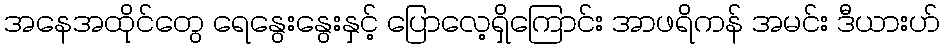
အနေအထိုင်တွေ ရေနွေးနွေးနှင့် ပြောလေ့ရှိကြောင်း အာဖရိကန် အမင်း ဒီယားဟ်